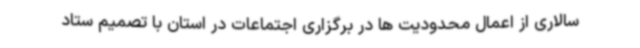
سالاری از اعمال محدودیت ها در برگزاری اجتماعات در استان با تصمیم ستاد